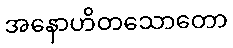
အနောဟိတသောတော